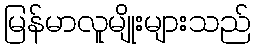
မြန်မာလူမျိုးများသည်